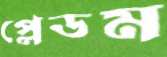
প্লেডম